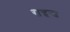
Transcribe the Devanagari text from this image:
राज्वन्श